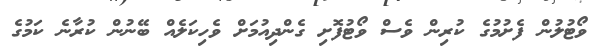
ވޯޓުލުން ފެށުމުގެ ކުރިން ވެސް ވޯޓުފޮށި ގެންދިއުމަށް ވެހިކަލެއް ބޭނުން ކުރާނެ ކަމުގެ